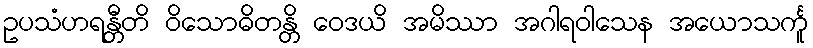
ဥပသံဟရန္တီတိ ဝိသောဓိတန္တိ ဝေဒယိ အမိဿာ အဂါရဝါသေန အယောသင်္ကူ